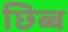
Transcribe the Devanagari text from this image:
छिब्ब